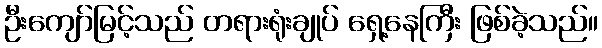
ဦးကျော်မြင့်သည် တရားရုံးချုပ် ရှေ့နေကြီး ဖြစ်ခဲ့သည်။